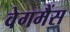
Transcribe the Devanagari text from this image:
वेगमैंस